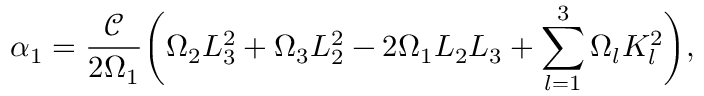
\alpha _ { 1 } = \frac { \mathscr { C } } { 2 \Omega _ { 1 } } \bigg ( \Omega _ { 2 } L _ { 3 } ^ { 2 } + \Omega _ { 3 } L _ { 2 } ^ { 2 } - 2 \Omega _ { 1 } L _ { 2 } L _ { 3 } + \sum _ { l = 1 } ^ { 3 } \Omega _ { l } K _ { l } ^ { 2 } \bigg ) ,